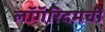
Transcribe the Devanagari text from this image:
लॉगॅरिदमची